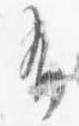
布